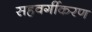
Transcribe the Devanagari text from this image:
सहवर्गीकरण